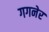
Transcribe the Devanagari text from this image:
गगनेर